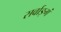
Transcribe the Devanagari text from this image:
सर्वाङ्गं